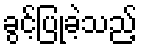
ခွင့်ပြုခဲ့သည့်